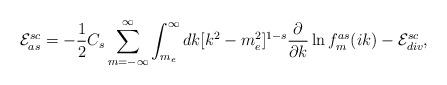
LaTeX: \begin{align*}{\cal E} _{as}^{sc}= -\frac 12 C_s\sum_{m=-\infty}^\infty \int^\infty_{m_e} dk [k^2 -m_e^2]^{1 -s} \frac{\partial}{\partial k} \ln f^{as}_m(ik)-{\cal E}_{div}^{sc} ,\end{align*}